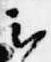
云